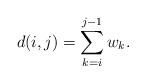
\begin{align*}d(i,j) = \sum_{k=i}^{j-1} w_k.\ \ \end{align*}